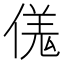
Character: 𫣌